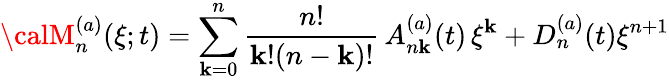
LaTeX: {\calM}_{n}^{(a)}(\xi;t)=\sum_{\mathbf{k}=0}^{n}\frac{{n!}}{{\mathbf{k}!(n-\mathbf{k})!}}\, A_{n\mathbf{k}}^{(a)}(t)\, \xi^{\mathbf{k}}+D_{n}^{(a)}(t)\xi^{n+1}